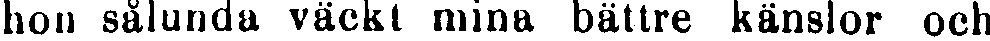
hon sålunda väckt mina bättre känslor och